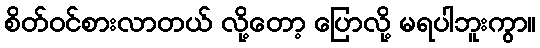
စိတ်ဝင်စားလာတယ် လို့တော့ ပြောလို့ မရပါဘူးကွာ။